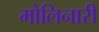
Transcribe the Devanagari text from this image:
मोलिनारी